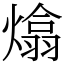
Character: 熻